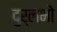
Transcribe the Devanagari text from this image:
दुर्लभो